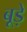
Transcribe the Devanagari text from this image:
बूड़े